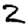
Digit: 2